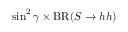
\sin ^ { 2 } \gamma \times \mathrm { { B R } } ( S \to h h )